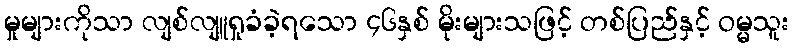
မှုများကိုသာ လျစ်လျူရှုခံခဲ့ရသော ၄၆နှစ် မိုးများသဖြင့် တစ်ပြည်နှင့် ဝမ္မသူး